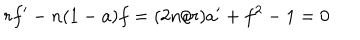
LaTeX: r f ^ { \prime } - n ( 1 - a ) f = ( 2 n / r ) a ^ { \prime } + f ^ { 2 } - 1 = 0